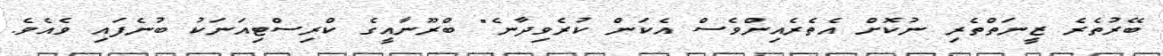
ބޭރުތެރެ ޒީނަތްތެރި ނުކޮށް އެތެރެއިންވެސް އެކަން ކުރެވިދާނެ" ބްރޫނާއީގެ ކްރިސްޓިއަނަކު ބުނެފައި ވެއެވެ.